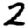
Digit: 2